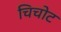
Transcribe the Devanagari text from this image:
चिचोट